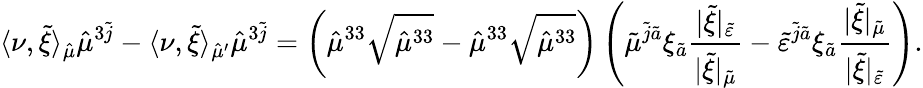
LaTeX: \langle\nu,\tilde{\xi}\rangle_{\hat{\mu}}\hat{\mu}^{3\tilde{j}}-\langle\nu,\tilde{\xi}\rangle_{\hat{\mu}^{\prime}}\hat{\mu}^{3\tilde{j}}=\left(\hat{\mu}^{33}\sqrt{\hat{\mu}^{33}}-\hat{\mu}^{33}\sqrt{\hat{\mu}^{33}}\right)\left(\tilde{\mu}^{\tilde{j}\tilde{a}}\xi_{\tilde{a}}\frac{\lvert\tilde{\xi}\rvert_{\tilde{\varepsilon}}}{\lvert\tilde{\xi}\rvert_{\tilde{\mu}}}-\tilde{\varepsilon}^{\tilde{j}\tilde{a}}\xi_{\tilde{a}}\frac{\lvert\tilde{\xi}\rvert_{\tilde{\mu}}}{\lvert\tilde{\xi}\rvert_{\tilde{\varepsilon}}}\right).